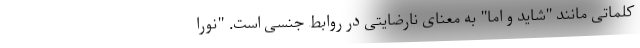
کلماتی مانند "شاید و اما" به معنای نارضایتی در روابط جنسی است. "نورا